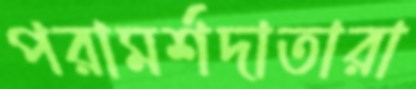
পরামর্শদাতারা